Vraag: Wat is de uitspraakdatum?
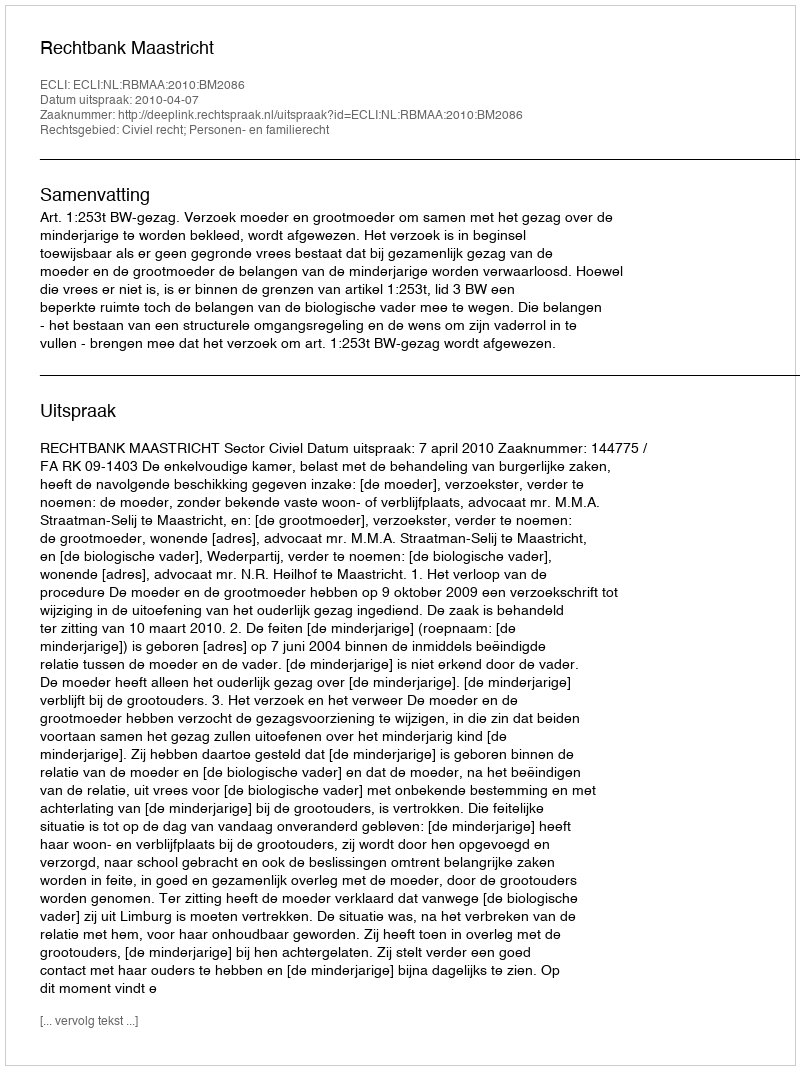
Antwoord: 2010-04-07